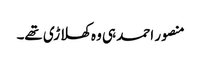
منصور احمد ہی وہ کھلاڑی تھے۔